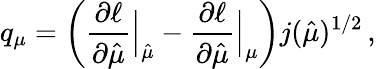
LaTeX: q_{\mu}=\left(\frac{\partial\ell}{\partial\hat{\mu}}\Bigr|_{\hat{\mu}}-\frac{\partial\ell}{\partial\hat{\mu}}\Bigr|_{\mu}\right)j(\hat{\mu})^{1/2}\, ,